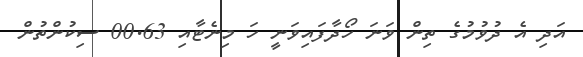
އަދި އެ ދުވުމުގެ ތިން ވަނަ ހޯދާފައިވަނީ ހަ މިނެޓާއި 00.63 ސިކުންތުން